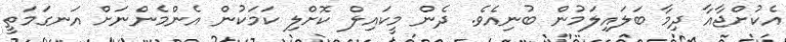
އެކުށްޖާއާ ދިމާ ބަލައިލަމުން ބުނިއެވެ. ދެން މީކައިލް ކޮށްލި ކަމަކުން އެންމެންނަށް އަނގަމަތީ